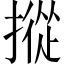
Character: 摐